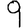
Digit: 9